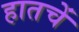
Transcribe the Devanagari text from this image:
हातचें